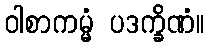
ဝါစာကမ္မံ ပဒက္ခိဏံ။